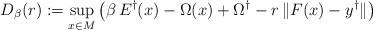
LaTeX: \begin{align*}D_\beta(r):=\sup_{x\in M}\left(\beta\,E^\dagger(x)-\Omega(x)+\Omega^\dagger-r\,\|F(x)-y^\dagger\|\right)\end{align*}